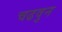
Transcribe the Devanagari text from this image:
चढवुन